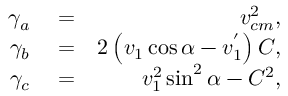
\begin{array} { r l r } { \gamma _ { a } } & { { } = } & { v _ { c m } ^ { 2 } , } \\ { \gamma _ { b } } & { { } = } & { 2 \left( v _ { 1 } \cos \alpha - v _ { 1 } ^ { ' } \right) C , } \\ { \gamma _ { c } } & { { } = } & { v _ { 1 } ^ { 2 } \sin ^ { 2 } \alpha - C ^ { 2 } , } \end{array}